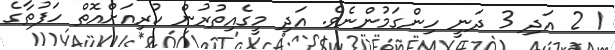
1 2 އަދި 3 ދަނީ ހިންގަމުންނެވެ. އަދި މީގެއިތުރުން ކުރިއަށްއޮތް ހަފުތާގެ